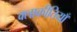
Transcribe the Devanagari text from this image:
क्लाक्रीतियाँ